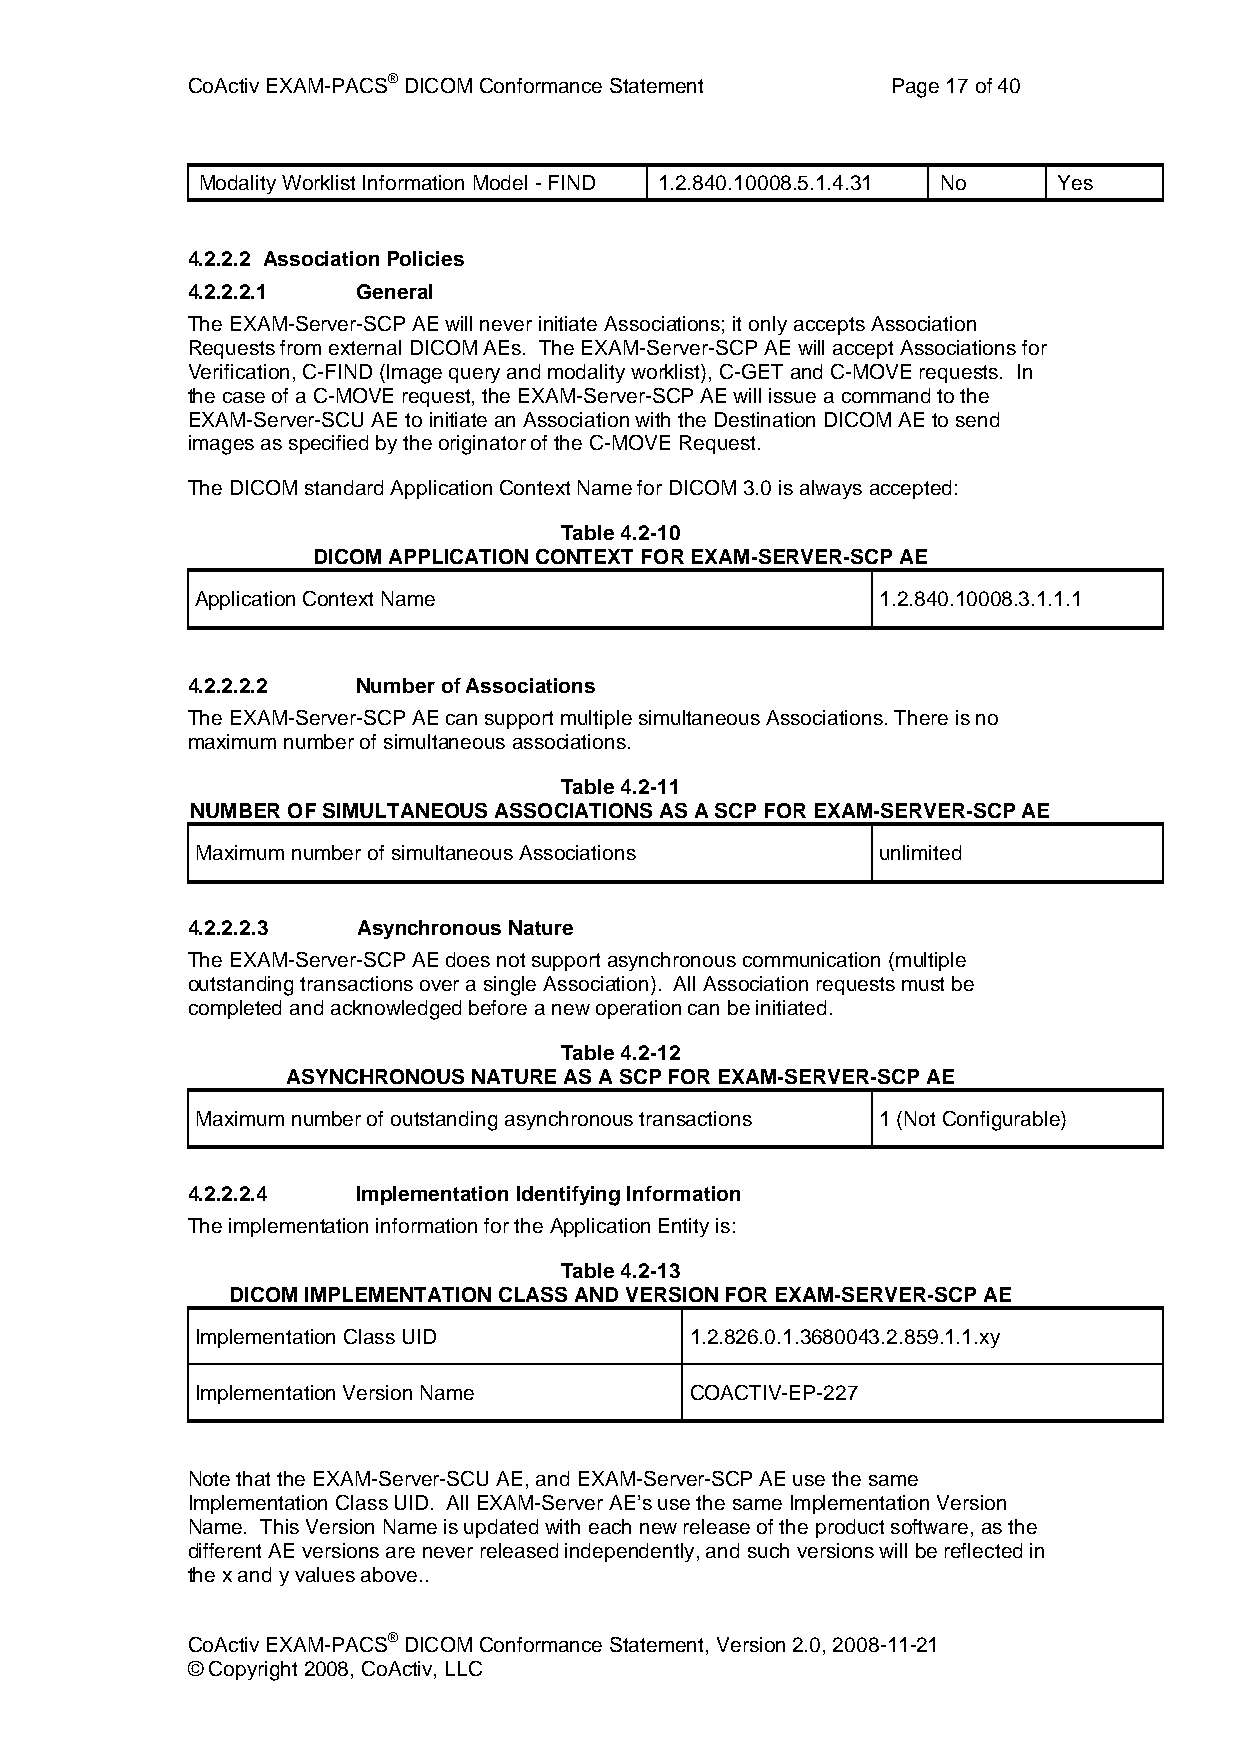
CoActiv EXAM-PACS® DICOM Conformance Statement Page 17 of 40
 Modality Worklist Information Model - FIND 1.2.840.10008.5.1.4.31 No Yes
 4.2.2.2 Association Policies
 4.2.2.2.1   General
 The EXAM-Server-SCP AE will never initiate Associations; it only accepts Association
 Requests from external DICOM AEs. The EXAM-Server-SCP AE will accept Associations for
 Verification, C-FIND (Image query and modality worklist), C-GET and C-MOVE requests. In
 the case of a C-MOVE request, the EXAM-Server-SCP AE will issue a command to the
 EXAM-Server-SCU AE to initiate an Association with the Destination DICOM AE to send
 images as specified by the originator of the C-MOVE Request.
 The DICOM standard Application Context Name for DICOM 3.0 is always accepted:
 Table 4.2-10
 DICOM APPLICATION CONTEXT FOR EXAM-SERVER-SCP AE
 Application Context Name                     1.2.840.10008.3.1.1.1
 4.2.2.2.2   Number of Associations
 The EXAM-Server-SCP AE can support multiple simultaneous Associations. There is no
 maximum number of simultaneous associations.
 Table 4.2-11
 NUMBER OF SIMULTANEOUS ASSOCIATIONS AS A SCP FOR EXAM-SERVER-SCP AE
 Maximum number of simultaneous Associations  unlimited
 4.2.2.2.3   Asynchronous Nature
 The EXAM-Server-SCP AE does not support asynchronous communication (multiple
 outstanding transactions over a single Association). All Association requests must be
 completed and acknowledged before a new operation can be initiated.
 Table 4.2-12
 ASYNCHRONOUS NATURE AS A SCP FOR EXAM-SERVER-SCP AE
 Maximum number of outstanding asynchronous transactions 1 (Not Configurable)
 4.2.2.2.4   Implementation Identifying Information
 The implementation information for the Application Entity is:
 Table 4.2-13
 DICOM IMPLEMENTATION CLASS AND VERSION FOR EXAM-SERVER-SCP AE
 Implementation Class UID         1.2.826.0.1.3680043.2.859.1.1.xy
 Implementation Version Name      COACTIV-EP-227
 Note that the EXAM-Server-SCU AE, and EXAM-Server-SCP AE use the same
 Implementation Class UID. All EXAM-Server AE’s use the same Implementation Version
 Name. This Version Name is updated with each new release of the product software, as the
 different AE versions are never released independently, and such versions will be reflected in
 the x and y values above..
 CoActiv EXAM-PACS® DICOM Conformance Statement, Version 2.0, 2008-11-21
 © Copyright 2008, CoActiv, LLC